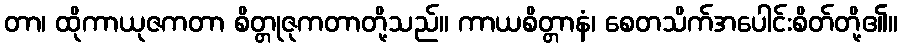
တာ၊ ထိုကာယုဇကတာ စိတ္တုဇုကတာတို့သည်။ ကာယစိတ္တာနံ၊ စေတသိက်အပေါင်းစိတ်တို့၏။